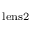
_ \mathrm { l e n s 2 }